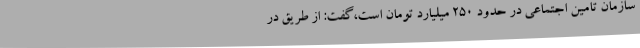
سازمان تامین اجتماعی در حدود 250 میلیارد تومان است،گفت: از طریق در